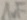
Text: 1uF